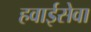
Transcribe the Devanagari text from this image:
हवाईसेवा